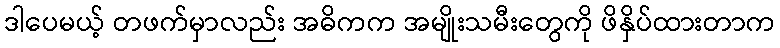
ဒါပေမယ့် တဖက်မှာလည်း အဓိကက အမျိုးသမီးတွေကို ဖိနှိပ်ထားတာက